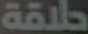
حلاقة